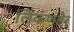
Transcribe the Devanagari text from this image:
लिंकणषैर